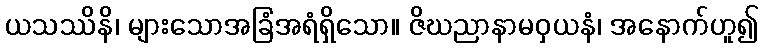
ယသဿိနိ၊ များသောအခြံအရံရှိသော။ ဇိဃညာနာမဝှယနံ၊ အနောက်ဟူ၍